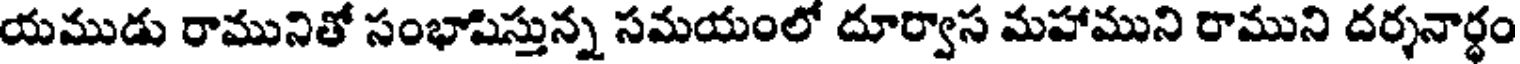
యముడు రామునితో సంభాషిస్తున్న సమయంలో దూర్వాస మహాముని రాముని దర్శనార్థం